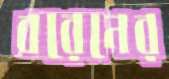
বরেনের